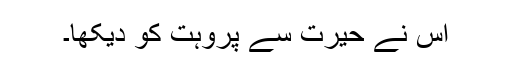
اس نے حیرت سے پروہت کو دیکھا۔